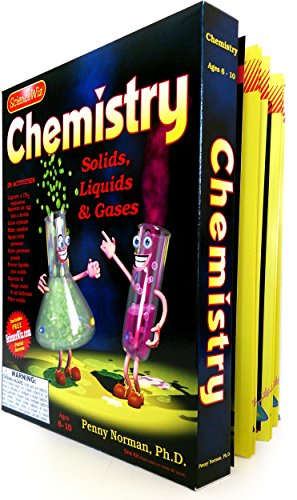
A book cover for Science Wiz - Chemistry Experiments Kit; Penny, Ph.D. Norman; Children's Books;